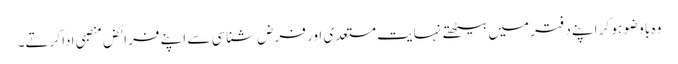
وہ با وضو ہو کر اپنے دفتر میں بیٹھتے نہایت مستعدی اور فرض شناسی سے اپنے فرائض منصبی ادا کرتے۔